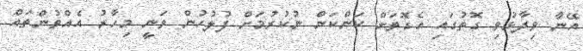
އޭނާ ވިދާޅުވި ގޮތުގައި އެގޮތަށް ކަންކަން ނުކުރުމަށް ފުލުހުން ވަނީ މިހާރު އެއްވުންތައް